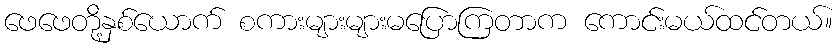
ဖေဖေတို့နှစ်ယောက် စကားများများမပြောကြတာက ကောင်းမယ်ထင်တယ်။